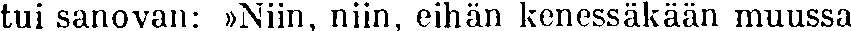
tui sanovan: »Niin, niin, eihän kenessäkään muussa